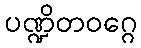
ပဏ္ဍိတဝဂ္ဂေ